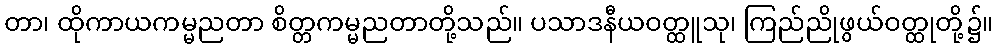
တာ၊ ထိုကာယကမ္မညတာ စိတ္တကမ္မညတာတို့သည်။ ပသာဒနီယဝတ္ထူသု၊ ကြည်ညိုဖွယ်ဝတ္ထုတို့၌။